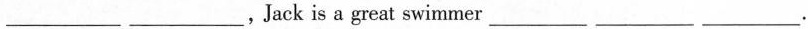
___ ___,Jack is a great swimmer___ ___ ___.